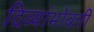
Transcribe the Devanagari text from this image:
दिव्यांभोवती